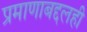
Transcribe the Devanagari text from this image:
प्रमाणाबद्दलही